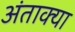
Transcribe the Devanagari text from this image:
अंताक्या